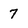
Character: 7